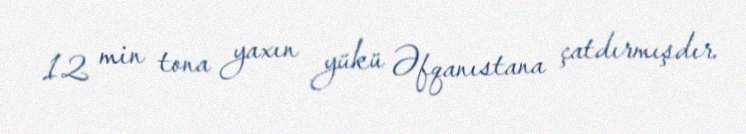
12 min tona yaxın yükü Əfqanıstana çatdırmışdır.